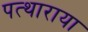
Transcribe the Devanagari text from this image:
पत्थाराया